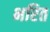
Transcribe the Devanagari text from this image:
भरित